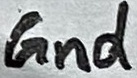
Text: Gnd